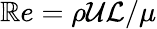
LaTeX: \mathbb{R}e={\rho\mathcal{{U}}\mathcal{{L}}}/{\mu}